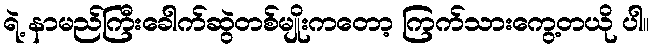
ရဲ့ နာမည်ကြီးခေါက်ဆွဲတစ်မျိုးကတော့ ကြက်သားကွေ့တယို ပါ။